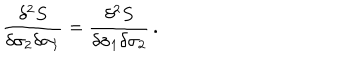
LaTeX: { \frac { \delta ^ { 2 } S } { \delta \sigma _ { 2 } \delta \sigma _ { 1 } } } = { \frac { \delta ^ { 2 } S } { \delta \sigma _ { 1 } \delta \sigma _ { 2 } } } \, .